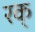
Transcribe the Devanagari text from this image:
रक्